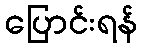
ပြောင်းရန်